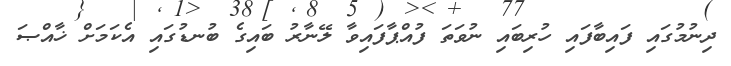
ދިނުމުގައި ފައިބާފައި ހުރިބައި ނުވަތަ ފުއްޕާފައިވާ ލޭނާރު ބައިގެ ބުނޑުގައި އެކަމަށް ޚާއްޞަ